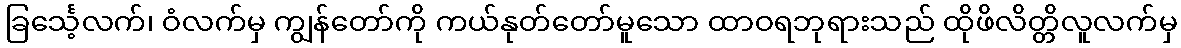
ခြင်္သေ့လက်၊ ဝံလက်မှ ကျွန်တော်ကို ကယ်နုတ်တော်မူသော ထာဝရဘုရားသည် ထိုဖိလိတ္တိလူလက်မှ